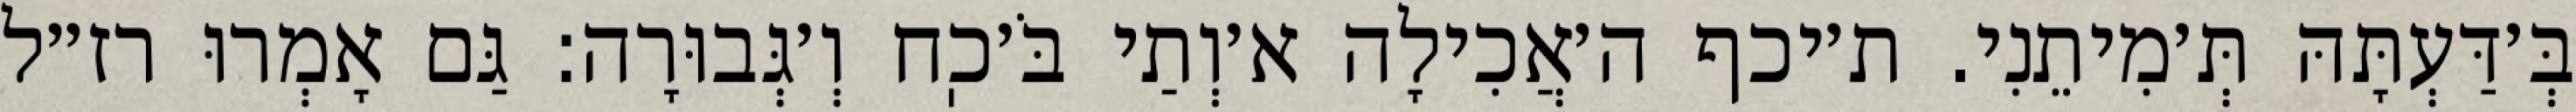
בְּ׳דַּעְתָּהּ תְּ׳מִיתֵנִי. ת׳יכף ה׳אֲכִילָה א׳וְתַי בֹּ׳כֽח וְ׳גְּבוּרָה: גַּם אָמְרוּ רז״ל